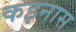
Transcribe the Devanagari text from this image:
कइनास